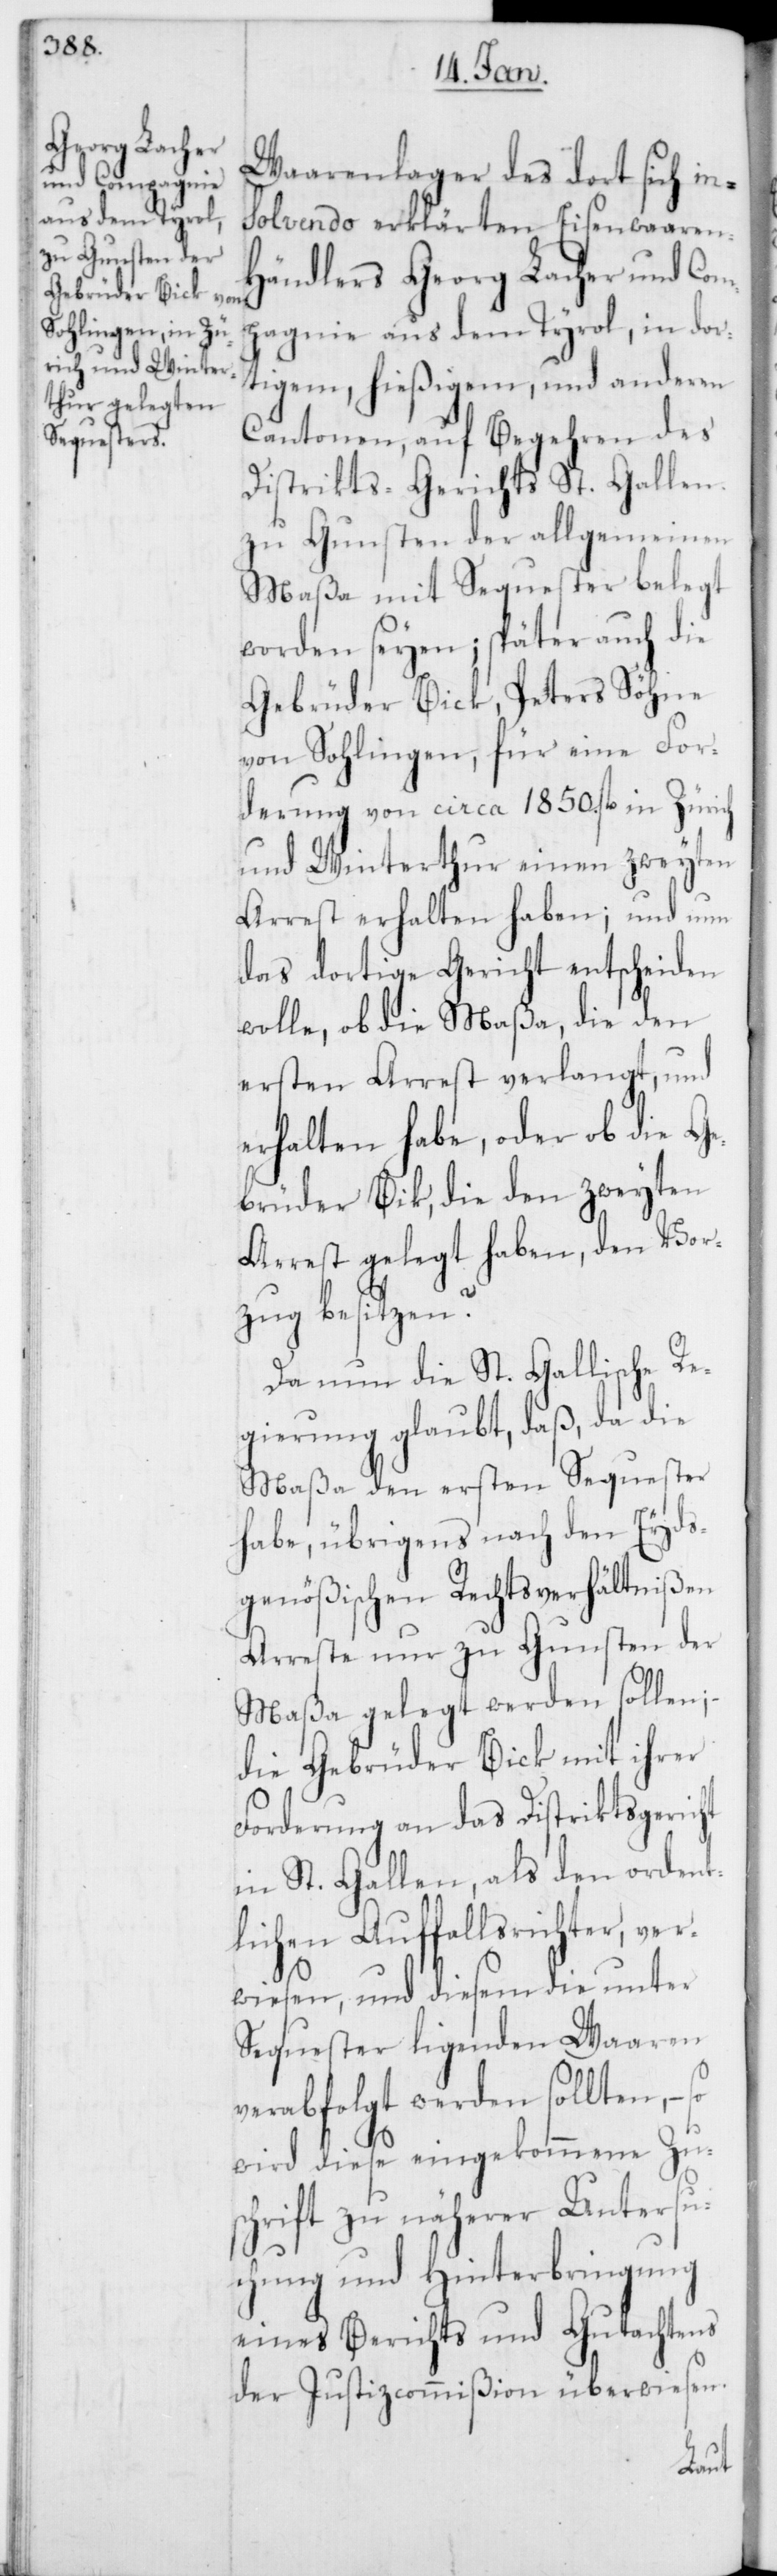
Waarenlager des dort sich in¬
solvendo erklärten Eisenwaaren-H¬
ändlers Georg Lacher und Com¬
pagnie aus dem Tyrol, in dor¬
tigem, hießigem, und anderen
Cantonen, auf Begehren des
Distrikts-Gerichts St. Gallen
zu Gunsten der allgemeinen
Maßa mit Sequester belegt
worden seyen; später auch die
Gebrüder Bick, Peters Söhne
von Solingen, für eine For¬
derung von circa 1850. fl. in Zürich
und Winterthur einen zweyten
Arrest erhalten haben; und nun
das dortige Gericht entscheiden
wolle, ob die Maßa, die den
ersten Arrest verlangt, und
erhalten habe, oder ob die Ge¬
brüder Bick, die den zweyten
Arrest gelegt haben, den Vor¬
zug besitzen?
Da nun die St. Gallische Re¬
gierung glaubt, daß, da die
Maßa den ersten Sequester
habe, übrigens nach den Eyds¬
genößischen Rechtsverhältnißen
Arreste nur zu Gunsten der
Maßa gelegt werden sollen;
die Gebrüder Bick mit ihrer
Forderung an das Distriktsgericht
in St. Gallen, als den ordent¬
lichen Auffallsrichter, ver¬
wiesen, und diesem die unter
Sequester ligenden Waaren
verabfolgt werden sollten, – so
wird diese eingekommene Zusc¬
hrift zu näherer Untersu¬
chung und Hinterbringung
eines Berichts und Gutachtens
der Justizcommißion überwiesen.